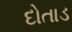
દોતાડ